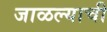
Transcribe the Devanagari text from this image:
जाळल्याची